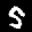
Label: 5